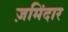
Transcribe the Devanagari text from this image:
ज़मिंदार